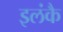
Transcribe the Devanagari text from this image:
इलंकै